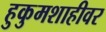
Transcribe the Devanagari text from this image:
हुकुमशाहीवर